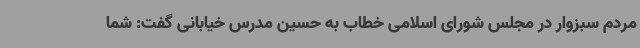
مردم سبزوار در مجلس شورای اسلامی خطاب به حسین مدرس خیابانی گفت: شما